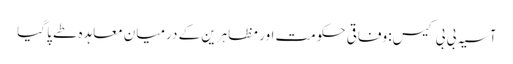
آسیہ بی بی کیس: وفاقی حکومت اور مظاہرین کے درمیان معاہدہ طے پا گیا